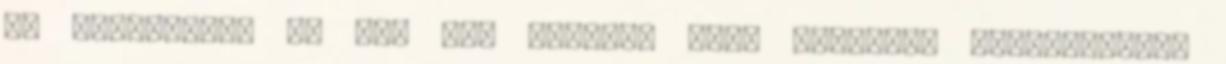
és válaszaim, ha még van kérdés, amit szívesen feltennétek,